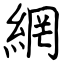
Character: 網